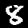
Label: 8